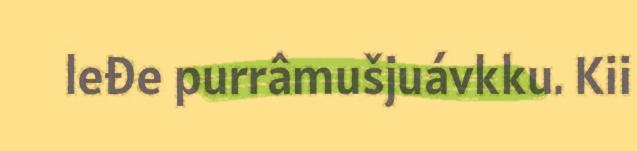
leđe purrâmušjuávkku. Kii